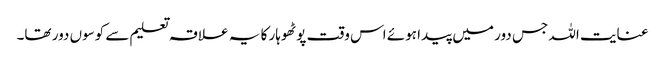
عنایت اللہ جس دور میں پیدا ہوئے اس وقت پوٹھوہار کا یہ علاقہ تعلیم سے کوسوں دور تھا۔